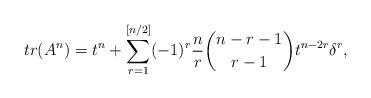
LaTeX: \begin{align*}tr(A^n)=t^n+\sum_{r=1}^{[n/2]}(-1)^r\frac{n}{r}{n-r-1\choose r-1}t^{n-2r}\delta^r,\end{align*}